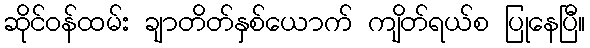
ဆိုင်ဝန်ထမ်း ချာတိတ်နှစ်ယောက် ကျိတ်ရယ်စ ပြုနေပြီ။